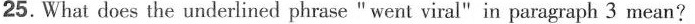
25.What does the underlined phrase " went viral" in paragraph 3 mean?